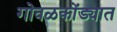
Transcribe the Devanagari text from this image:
गोवळकोंड्यात